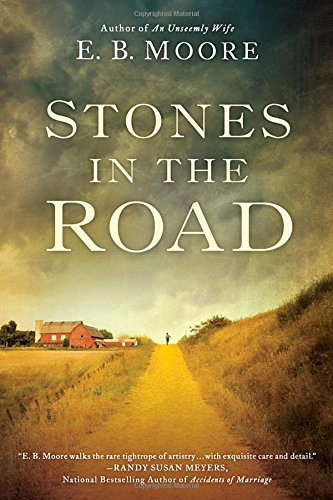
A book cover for Stones in the Road; E.B. Moore; Christian Books & Bibles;